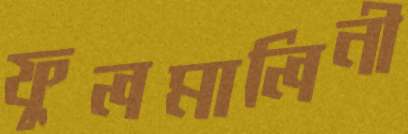
ফুলমালিনী